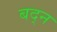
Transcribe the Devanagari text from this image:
बद्न